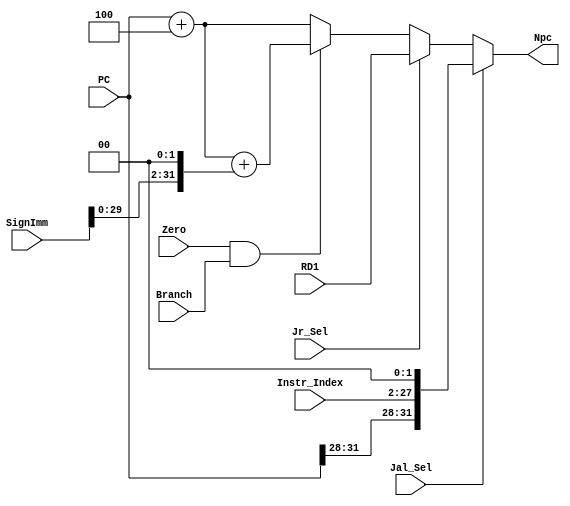
`timescale 1ns / 1ps
//////////////////////////////////////////////////////////////////////////////////
// Company: 
// Engineer: 
// 
// Design Name: 
// Module Name:    npc 
// Project Name: 
// Target Devices: 
// Tool versions: 
// Description: 
//
// Dependencies: 
//
// Revision: 
// Revision 0.01 - File Created
// Additional Comments: 
//
//////////////////////////////////////////////////////////////////////////////////
module npc(
    input Zero,
    input Branch,
    input Jr_Sel,
    input Jal_Sel,
	input [31:0] SignImm,
    input [31:0] RD1,
	input [25:0] Instr_Index,
    input [31:0] PC,

    output [31:0] Npc
    );

    wire [31:0] instr_index_out = {PC[31:28],Instr_Index[25:0],2'b0};
    wire [31:0] sign_out = PC + 4 + (SignImm << 2);
    assign Npc = (Jal_Sel == 1) ? instr_index_out :
                 (Jr_Sel  == 1) ? RD1  :
                 ((Zero & Branch) == 1) ? sign_out :
                 (PC + 4);

endmodule